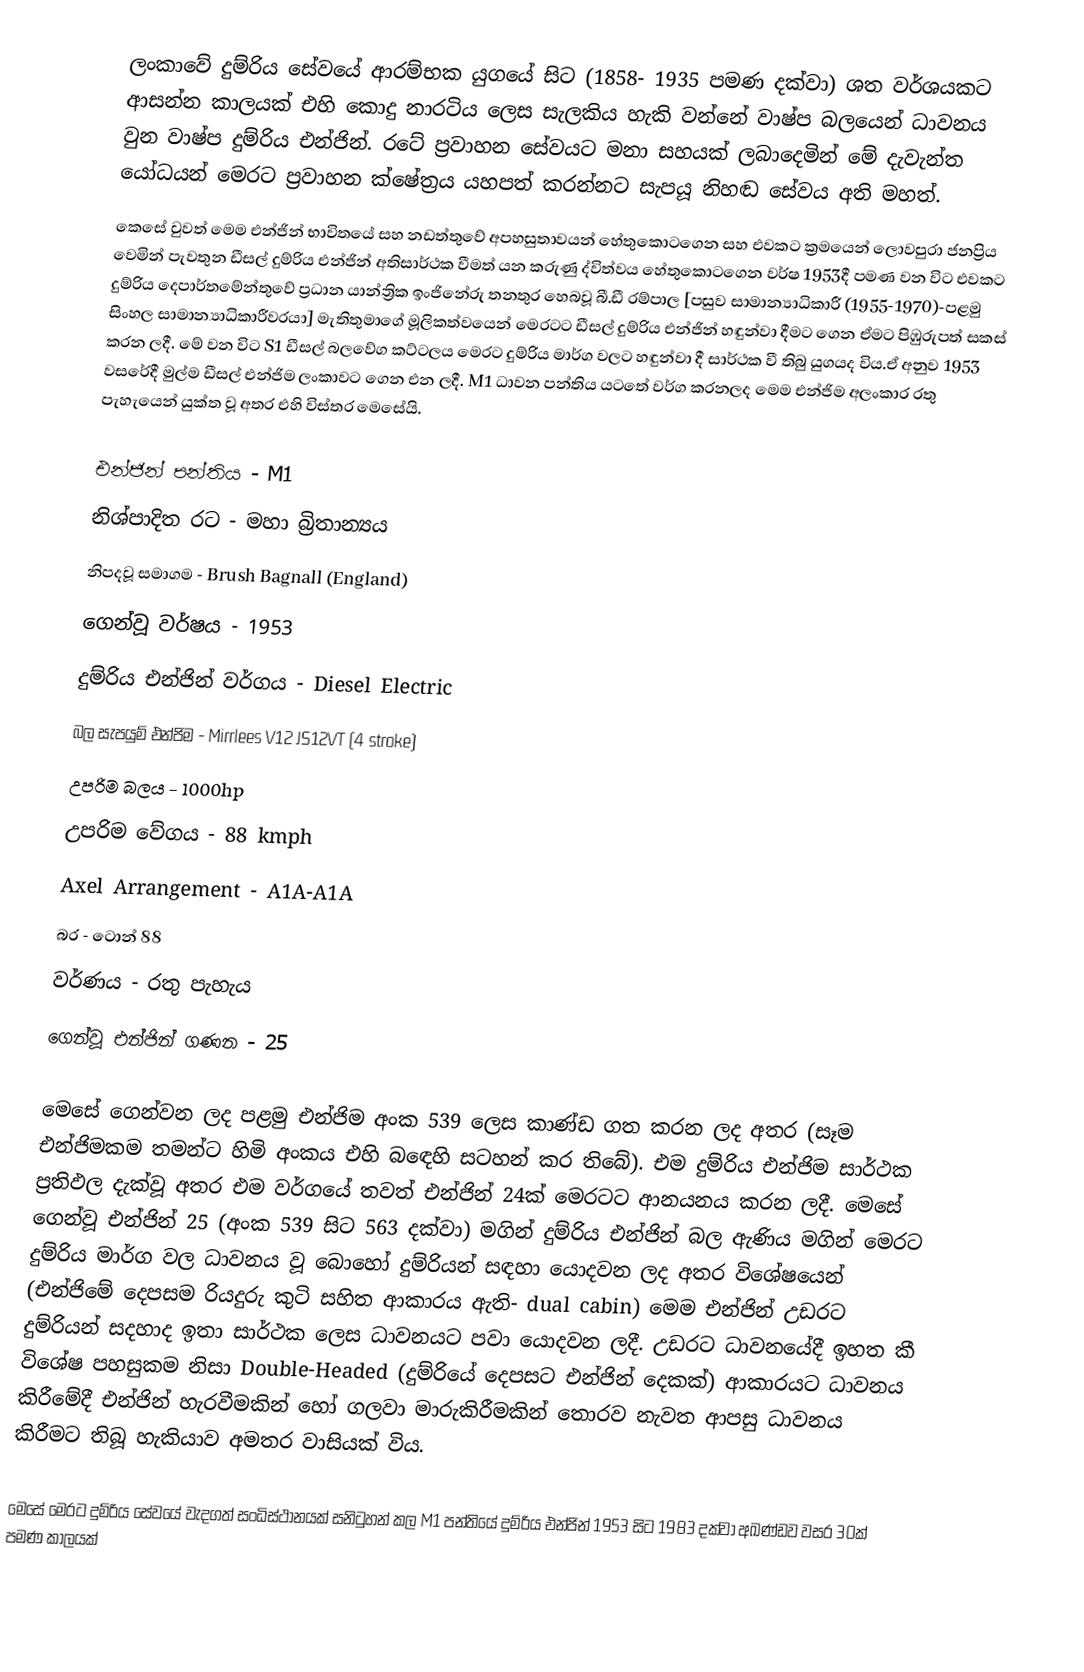
ලංකාවේ දුම්රිය සේවයේ ආරම්භක යුගයේ සිට (1858- 1935 පමණ දක්වා) ශත වර්ශයකට ආසන්න කාලයක්  එහි කොදු නාරටිය ලෙස සැලකිය හැකි වන්නේ වාෂ්ප බලයෙන් ධාවනය වුන වාෂ්ප දුම්රිය එන්ජින්. රටේ ප්‍රවාහන සේවයට මනා සහයක් ලබාදෙමින් මේ දැවැන්ත යෝධයන්  මෙරට ප්‍රවාහන ක්ෂේත්‍රය යහපත් කරන්නට සැපයූ නිහඬ සේවය අති මහත්.
කෙසේ වුවත් මෙම එන්ජින් භාවිතයේ සහ නඩත්තුවේ අපහසුතාවයන් හේතුකොටගෙන සහ එවකට ක්‍රමයෙන් ලොවපුරා ජනප්‍රිය වෙමින් පැවතුන ඩීසල් දුම්රිය එන්ජින් අතිසාර්ථක වීමත් යන කරුණු ද්විත්වය හේතුකොටගෙන වර්ෂ 1953දී පමණ වන විට එවකට දුම්රිය දෙපාර්තමේන්තුවේ ප්‍රධාන යාන්ත්‍රික ඉංජිනේරු තනතුර හෙබවූ  බී.ඩී රම්පාල [පසුව සාමාන්‍යාධිකාරී (1955-1970)-පළමු සිංහල සාමාන්‍යාධිකාරීවරයා] මැතිතුමාගේ මූලිකත්වයෙන් මෙරටට ඩීසල් දුම්රිය එන්ජින් හඳුන්වා දීමට ගෙන ඒමට පිඹුරුපත් සකස් කරන ලදී. මේ වන විට S1 ඩීසල් බලවේග කට්ටලය මෙරට දුම්රිය මාර්ග වලට හඳුන්වා දී සාර්ථක වී තිබු යුගයද විය.ඒ අනුව 1953 වසරේදී මුල්ම ඩීසල් එන්ජිම ලංකාවට ගෙන එන ලදී. M1 ධාවන පන්තිය යටතේ වර්ග කරනලද මෙම එන්ජිම අලංකාර රතු පැහැයෙන් යුක්ත වූ අතර එහි විස්තර මෙසේයි.

     එන්ජින් පන්තිය                - M1
     නිශ්පාදිත රට                  - මහා බ්‍රිතාන්‍යය
     නිපදවූ සමාගම                 - Brush Bagnall (England)
     ගෙන්වූ වර්ෂය                  - 1953
     දුම්රිය එන්ජින් වර්ගය            - Diesel Electric
     බල සැපයුම් එන්ජිම              - Mirrlees V12 JS12VT (4 stroke)
     උපරිම බලය                   - 1000hp
     උපරිම වේගය                  -  88 kmph
     Axel Arrangement            - A1A-A1A
     බර                          - ටොන් 88
     වර්ණය                       - රතු පැහැය
     ගෙන්වූ එන්ජින් ගණන            - 25

මෙසේ ගෙන්වන ලද පළමු එන්ජිම අංක 539 ලෙස කාණ්ඩ ගත කරන ලද අතර (සෑම එන්ජිමකම තමන්ට හිමි අංකය එහි බ‍ඳෙහි සටහන් කර තිබේ). එම දුම්රිය එන්ජිම සාර්ථක ප්‍රතිඵල දැක්වූ අතර එම වර්ගයේ තවත් එන්ජින් 24ක් මෙරටට ආනයනය කරන ලදී. මෙසේ ගෙන්වූ එන්ජින් 25 (අංක 539 සිට 563 දක්වා) මගින් දුම්රිය එන්ජින් බල ඇණිය මගින් මෙරට දුම්රිය මාර්ග වල ධාවනය වූ බොහෝ දුම්රියන් සඳහා යොදවන ලද අතර විශේෂයෙන් (එන්ජිමේ දෙපසම රියදුරු කුටි සහිත ආකාරය ඇති- dual cabin) මෙම එන්ජින් උඩරට දුම්රියන් සදහාද ඉතා සාර්ථක ලෙස ධාවනයට පවා යොදවන ලදී. උඩරට ධාවනයේදී ඉහත කී විශේෂ පහසුකම නිසා  Double-Headed (දුම්රියේ දෙපසට එන්ජින් දෙකක්) ආකාරයට ධාවනය කිරීමේදී එන්ජින් හැරවීමකින් හෝ ගලවා මාරුකිරීමකින් තොරව නැවත ආපසු ධාවනය කිරීමට තිබූ හැකියාව අමතර වාසියක් විය.

මෙසේ මෙරට දුම්රිය සේවයේ වැදගත් සංධිස්ථානයක් සනිටුහන් කල M1 පන්තියේ දුම්රිය එන්ජින් 1953 සිට 1983 දක්වා අඛණ්ඩව වසර 30ක් පමණ කාලයක්